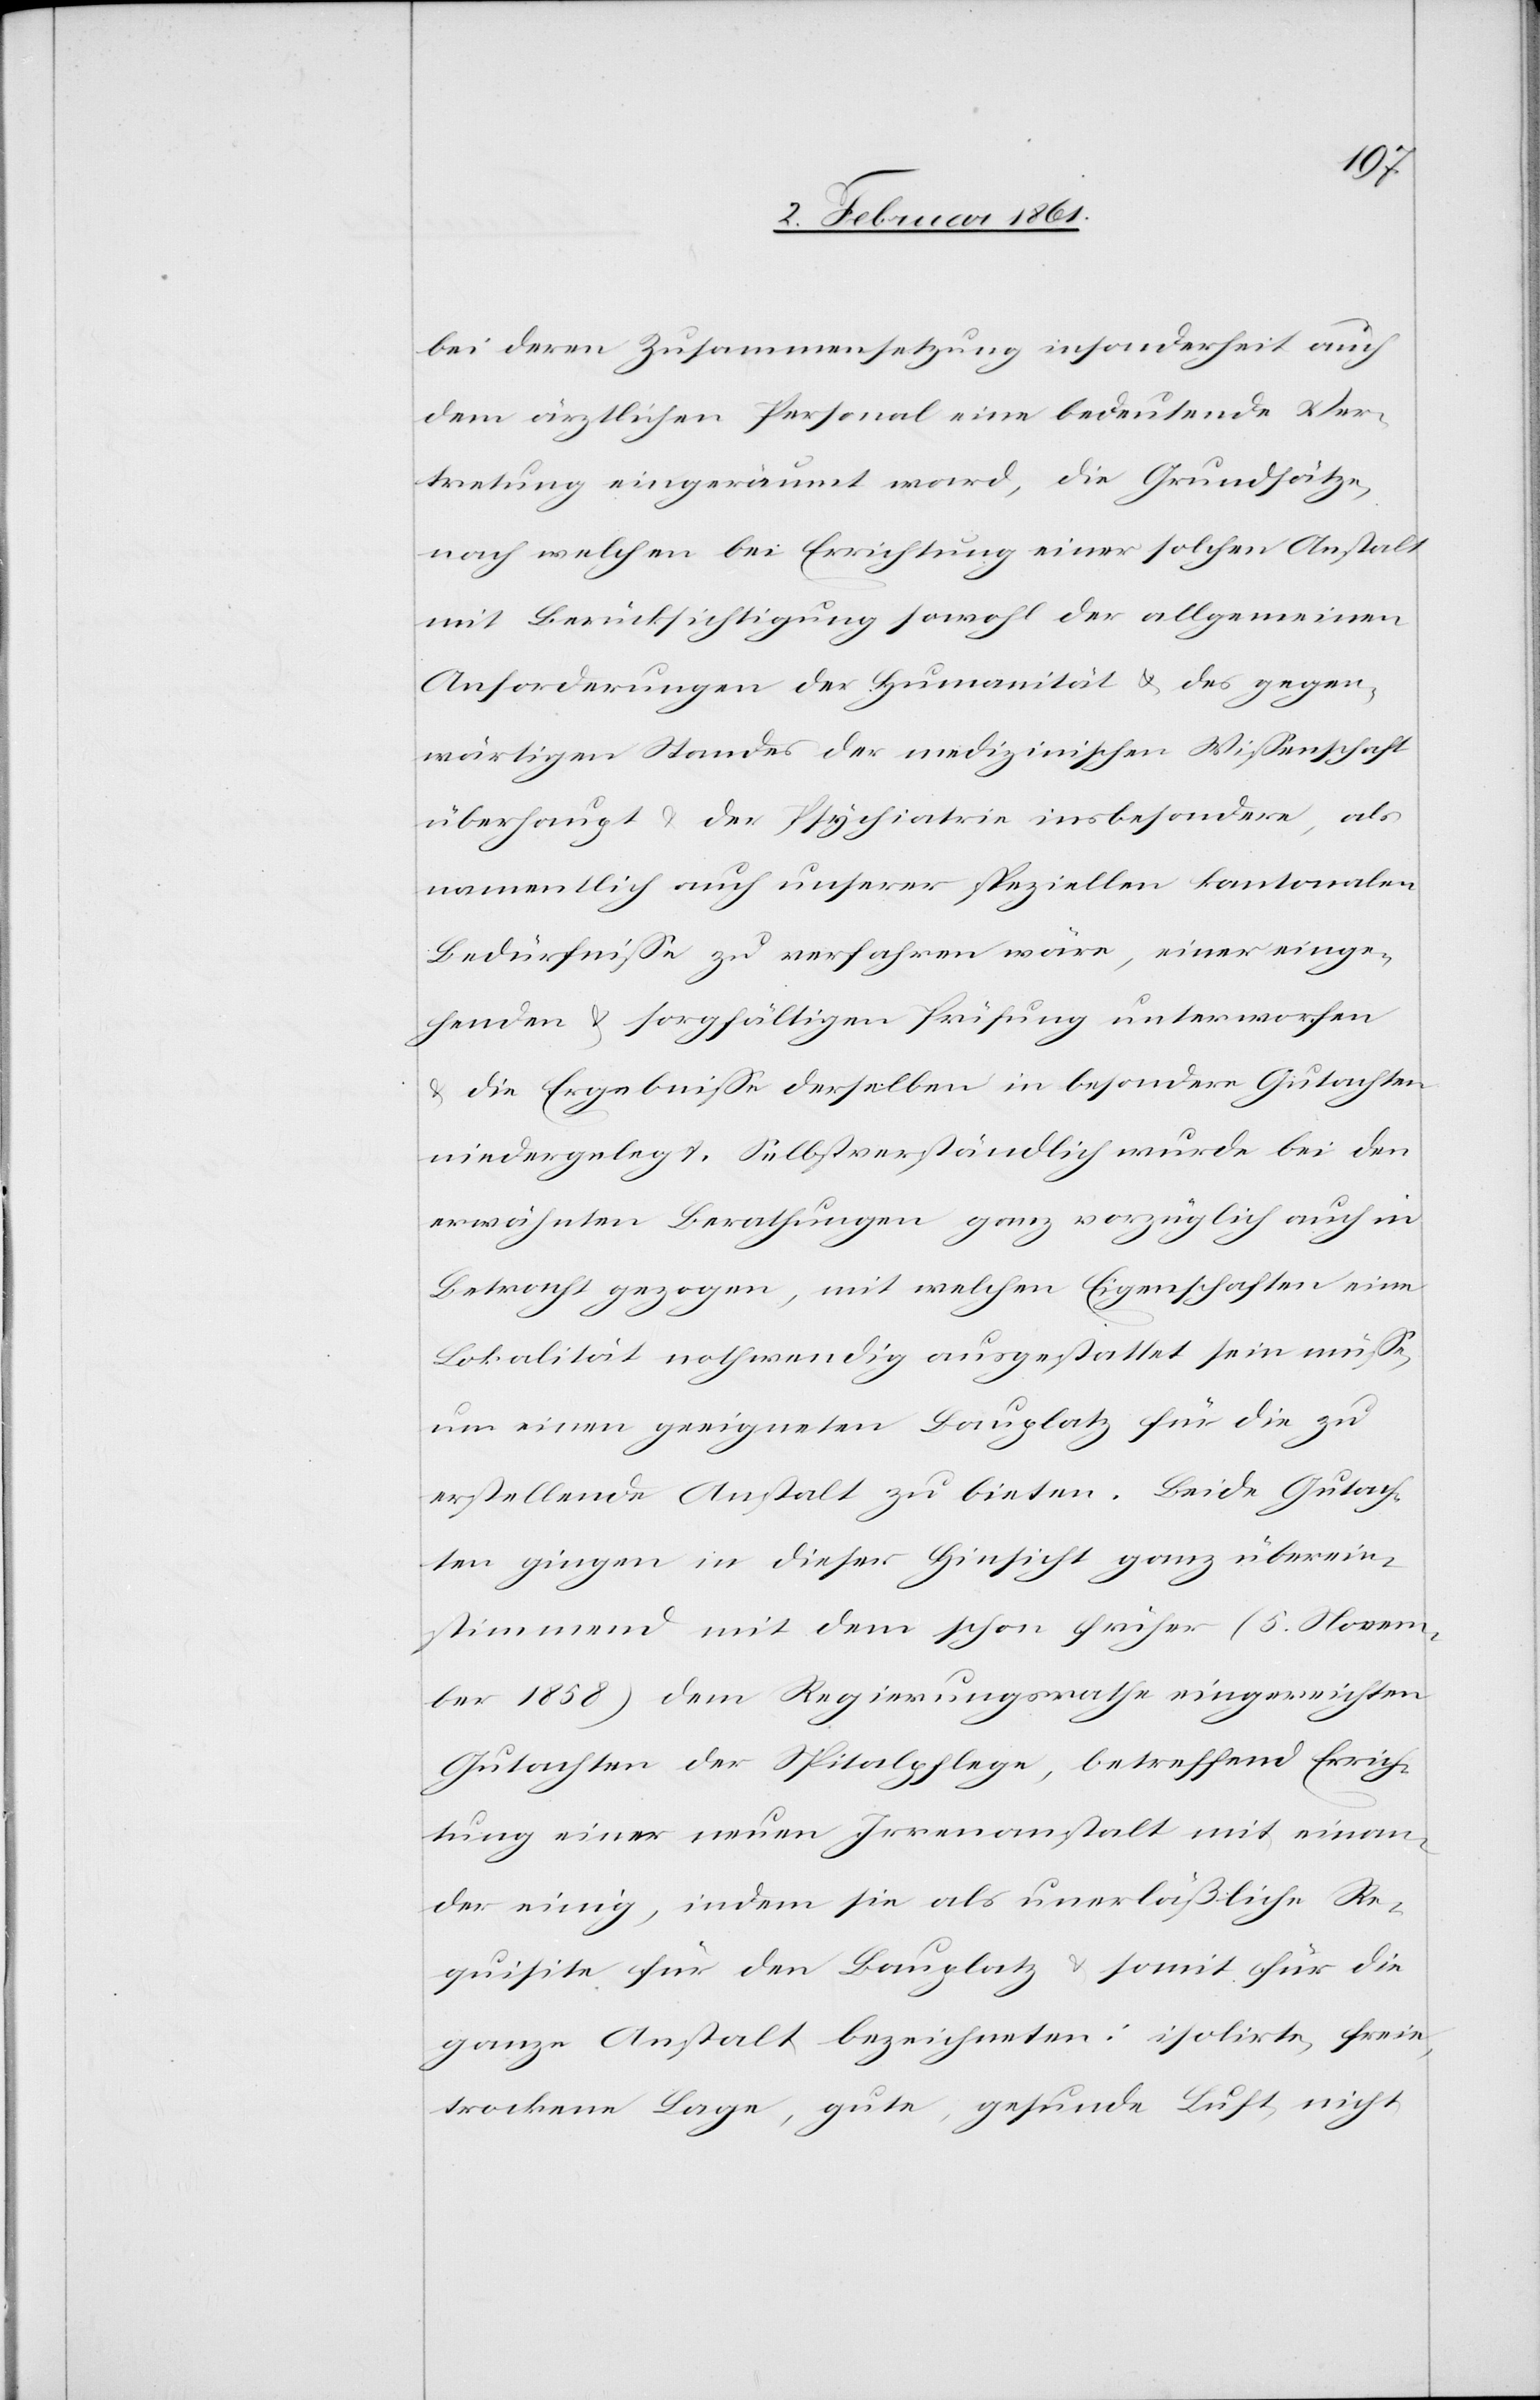
bei deren Zusammensetzung insonderheit auch
dem ärztlichen Personal eine bedeutende Ver¬
tretung eingeräumt ward, die Grundsätze,
nach welchem bei Errichtung einer solchen Anstalt
mit Berücksichtigung sowohl der allgemeinen
Anforderungen der Humanität u. des gegen¬
wärtigen Standes der medizinischen Wissenschaft
überhaupt u. der Psychiatrie insbesondere, als
namentlich auch unserer speziellen kantonalen
Bedürfnisse zu verfahren würde, einer einge¬
henden u. sorgfältigen Prüfung unterworfen
u. die Ergebnisse derselben in besondere Gutachten
niedergelegt. Selbstverständlich wurde bei den
erwähnten Berathungen ganz vorzüglich auch in
Betracht gezogen, mit welchen Eigenschaften eine
Lokalität nothwendig ausgestattet sein müsse,
um einen geeigneten Bauplatz für die zu
erstellende Anstalt zu bieten. Beide Gutach¬
ten gingen in dieser Hinsicht ganz überein¬
stimmend mit dem schon früher (5. Novem¬
ber 1858) dem Regierungsrathe eingereichten
Gutachten der Spitalpflege, betreffend Errich¬
tung einer neuen Irrenanstalt mit einan¬
der einig, indem sie als unverläßlich Re¬
quisite für den Bauplatz u. somit für die
ganze Anstalt bezeichneten: isolirte, freie,
trockene Lage, gute, gesunde Luft, nicht